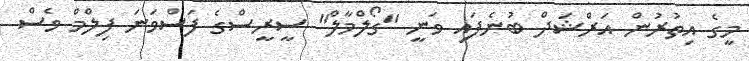
މީގެ އިތުރުން އަރްޝަދް ބުނެފައި ވަނީ "ގޯލްމާލް" ސީރީސްގެ ފަސްވަނަ ފިލްމް ވެސް